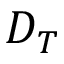
D _ { T }